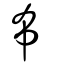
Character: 布